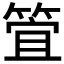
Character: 𮅞